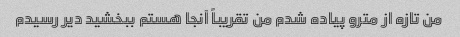
من تازه از مترو پیاده شدم من تقریباً آنجا هستم ببخشید دیر رسیدم